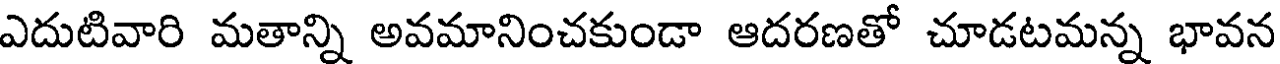
ఎదుటివారి మతాన్ని అవమానించకుండా ఆదరణతో చూడటమన్న భావన